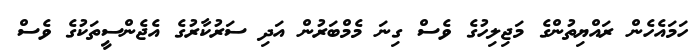
ހަމައެހެން ރައްޔިތުންގެ މަޖިލިހުގެ ވެސް ގިނަ މެމްބަރުން އަދި ސަރުކާރުގެ އެޖެންސީތަކުގެ ވެސް